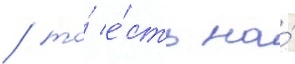
/ то́ е́сть на́